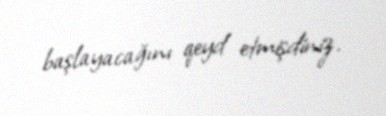
başlayacağını qeyd etmişdiniz.